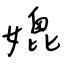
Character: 媲